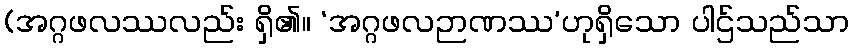
(အဂ္ဂဖလဿလည်း ရှိ၏။ ‘အဂ္ဂဖလဉာဏဿ’ဟုရှိသော ပါဌ်သည်သာ